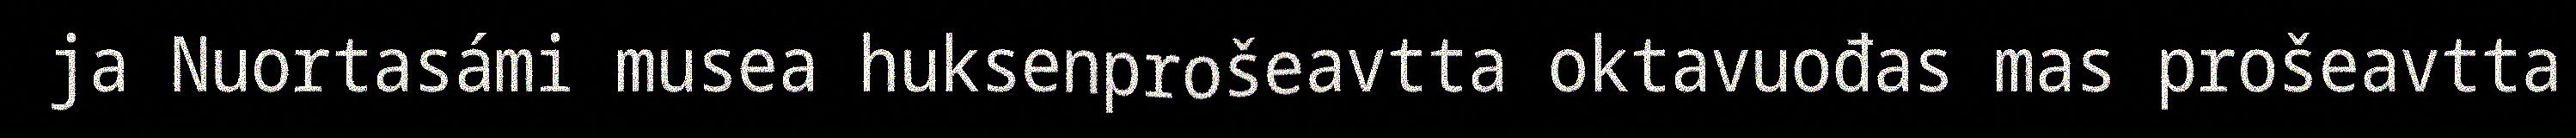
ja Nuortasámi musea huksenprošeavtta oktavuođas mas prošeavtta